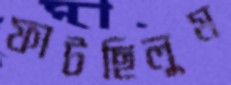
ফাটছিলুম